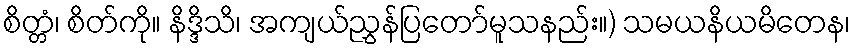
စိတ္တံ၊ စိတ်ကို။ နိဒ္ဒိသိ၊ အကျယ်ညွှန်ပြတော်မူသနည်း။) သမယနိယမိတေန၊